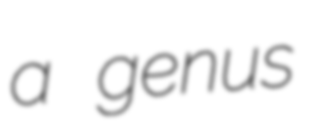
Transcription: a genus